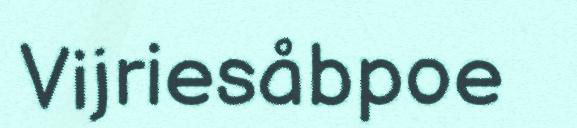
Vijriesåbpoe